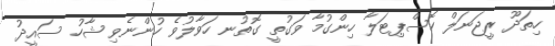
ހިތަދޫ ރީޖަނަލް ހޮސްޕިޓަލާ ހިންގުމާ ވަގުތީ ގޮތުނ ހަވާލުވެ ހުންނެވި ޝާހު ސައީދު